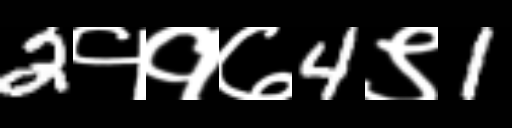
Text: 2११७4९1